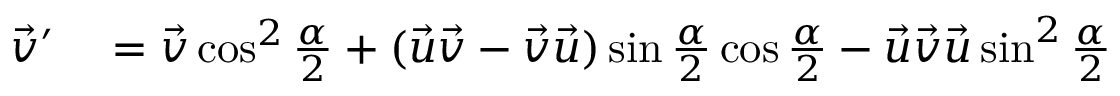
\begin{array} { r l } { { \vec { v } } ^ { \prime } } & { { } = { \vec { v } } \cos ^ { 2 } { \frac { \alpha } { 2 } } + ( { \vec { u } } { \vec { v } } - { \vec { v } } { \vec { u } } ) \sin { \frac { \alpha } { 2 } } \cos { \frac { \alpha } { 2 } } - { \vec { u } } { \vec { v } } { \vec { u } } \sin ^ { 2 } { \frac { \alpha } { 2 } } } \end{array}